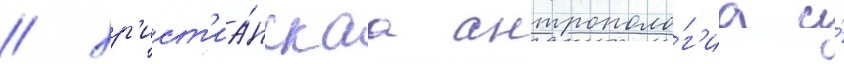
/ хр'ист'иа́нскаа антрополо́г'иа и́